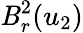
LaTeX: \mathit{B}_{r}^{2}(u_{2})